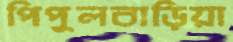
পিপুলবাড়িয়া